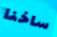
ساخنا